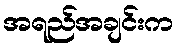
အရည်အချင်းက